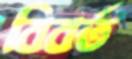
বিবর্ত